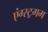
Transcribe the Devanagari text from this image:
एंग्स्ट्रगम